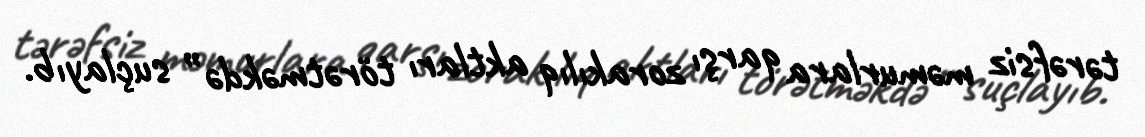
tərəfsiz məmurlara qarşı zorakılıq aktları törətməkdə” suçlayıb.